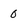
Character: 0